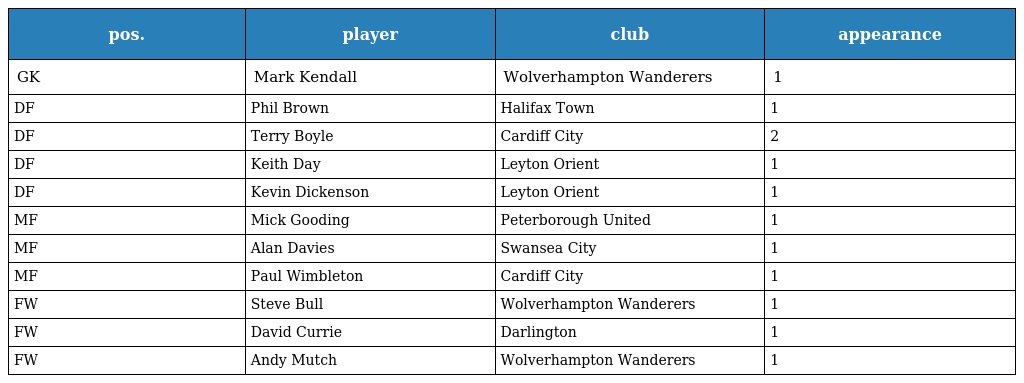
| pos. | player | club | appearance |
 | --- | --- | --- | --- |
 | GK | Mark Kendall | Wolverhampton Wanderers | 1 |
 | DF | Phil Brown | Halifax Town | 1 |
 | DF | Terry Boyle | Cardiff City | 2 |
 | DF | Keith Day | Leyton Orient | 1 |
 | DF | Kevin Dickenson | Leyton Orient | 1 |
 | MF | Mick Gooding | Peterborough United | 1 |
 | MF | Alan Davies | Swansea City | 1 |
 | MF | Paul Wimbleton | Cardiff City | 1 |
 | FW | Steve Bull | Wolverhampton Wanderers | 1 |
 | FW | David Currie | Darlington | 1 |
 | FW | Andy Mutch | Wolverhampton Wanderers | 1 |